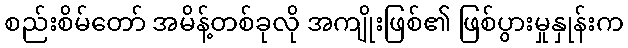
စည်းစိမ်တော် အမိန့်တစ်ခုလို အကျိုးဖြစ်၏ ဖြစ်ပွားမှုနှုန်းက